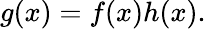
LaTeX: g(x)=f(x)h(x).